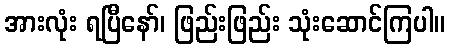
အားလုံး ရပြီနော်၊ ဖြည်းဖြည်း သုံးဆောင်ကြပါ။